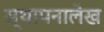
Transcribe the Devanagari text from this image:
स्थापनालेख